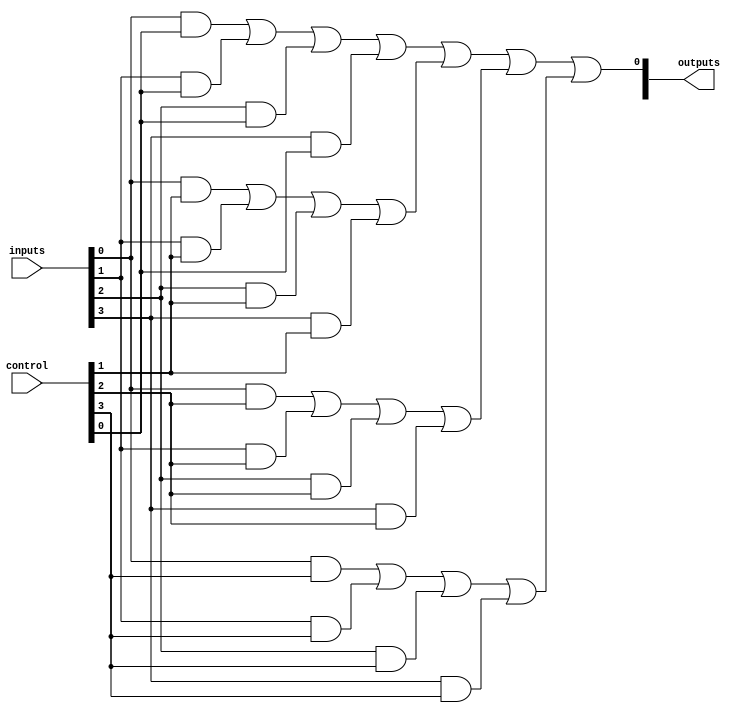
module CLB (
    input wire [N-1:0] inputs,        // Input lines (N inputs)
    input wire [M-1:0] control,       // Control signals (M control signals)
    output wire [P-1:0] outputs        // Output lines (P outputs)
);

// Parameter definitions
parameter N = 8; // Number of input lines
parameter M = 4; // Number of control signals
parameter P = 4; // Number of output lines
parameter AND_TERMS = 4; // Number of AND gates
parameter OR_TERMS = 1; // Number of OR gates

// Internal signals for product terms
wire [AND_TERMS-1:0] product_terms;

// AND gates implementation
generate
    genvar i;
    for (i = 0; i < AND_TERMS; i = i + 1) begin : and_gates
        assign product_terms[i] = (inputs[0] & control[i]) | 
                                   (inputs[1] & control[i]) | 
                                   (inputs[2] & control[i]) | 
                                   (inputs[3] & control[i]); // Example logic
    end
endgenerate

// OR gate implementation
wire final_output;
assign final_output = product_terms[0] | product_terms[1] | 
                      product_terms[2] | product_terms[3]; // Example logic

// Output assignment
assign outputs[0] = final_output; // Assigning to the first output
// Additional outputs can be assigned similarly based on the design requirements

endmodule